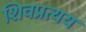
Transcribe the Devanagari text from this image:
शिवप्रत्यय